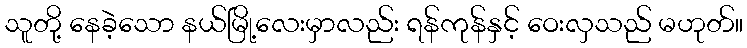
သူတို့ နေခဲ့သော နယ်မြို့လေးမှာလည်း ရန်ကုန်နှင့် ဝေးလှသည် မဟုတ်။